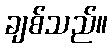
ချစ်သည်။